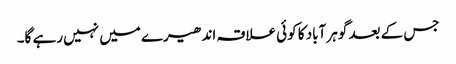
جس کے بعد گوہر آباد کا کوئی علاقہ اندھیرے میں نہیں رہے گا۔